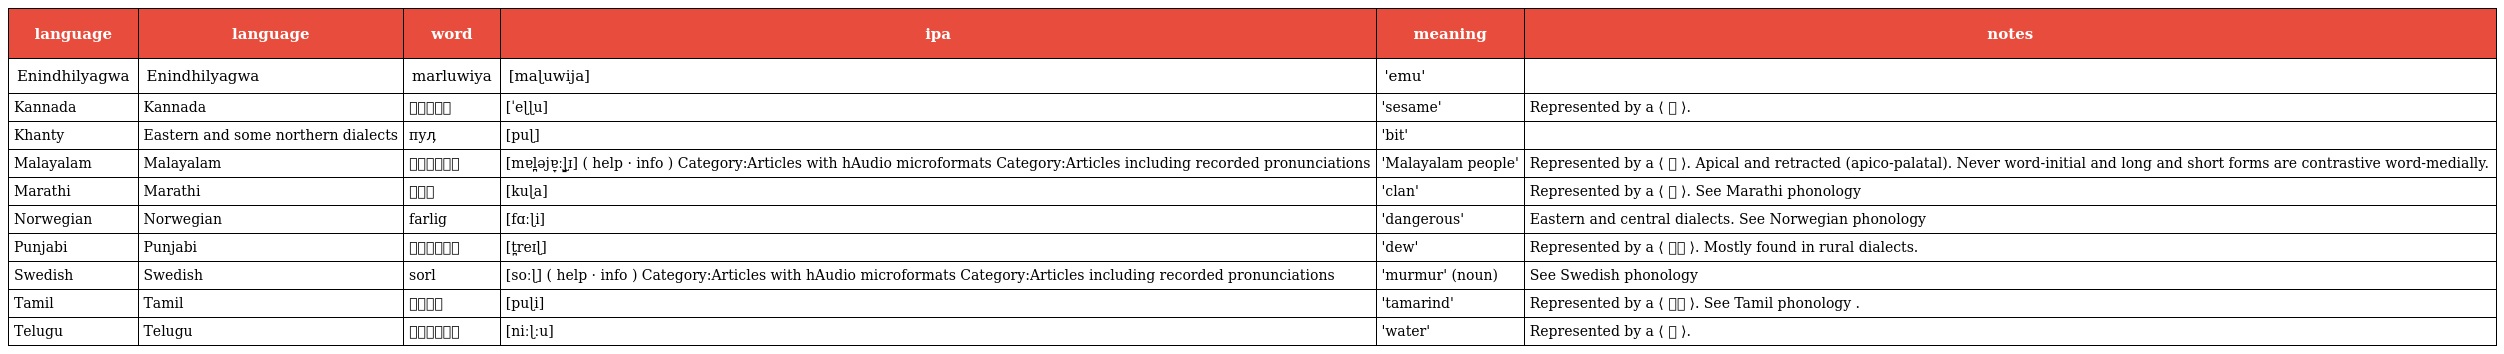
| language | language | word | ipa | meaning | notes |
 | --- | --- | --- | --- | --- | --- |
 | Enindhilyagwa | Enindhilyagwa | marluwiya | [maɭuwija] | 'emu' |  |
 | Kannada | Kannada | ಎಳ್ಳು | [ˈeɭɭu] | 'sesame' | Represented by a ⟨ ಳ ⟩. |
 | Khanty | Eastern and some northern dialects | пуӆ | [puɭ] | 'bit' |  |
 | Malayalam | Malayalam | മലയാളി | [mɐl̪əjɐ̞ːɭ̺̠ɪ] ( help · info ) Category:Articles with hAudio microformats Category:Articles including recorded pronunciations | 'Malayalam people' | Represented by a ⟨ ള ⟩. Apical and retracted (apico-palatal). Never word-initial and long and short forms are contrastive word-medially. |
 | Marathi | Marathi | कुळ | [kuɭa] | 'clan' | Represented by a ⟨ ळ ⟩. See Marathi phonology |
 | Norwegian | Norwegian | farlig | [fɑːɭi] | 'dangerous' | Eastern and central dialects. See Norwegian phonology |
 | Punjabi | Punjabi | ਤ੍ਰੇਲ਼ | [t̪reɪɭ] | 'dew' | Represented by a ⟨ ਲ਼ ⟩. Mostly found in rural dialects. |
 | Swedish | Swedish | sorl | [soːɭ] ( help · info ) Category:Articles with hAudio microformats Category:Articles including recorded pronunciations | 'murmur' (noun) | See Swedish phonology |
 | Tamil | Tamil | புளி | [puɭi] | 'tamarind' | Represented by a ⟨ ள் ⟩. See Tamil phonology . |
 | Telugu | Telugu | నీళ్ళు | [niːɭːu] | 'water' | Represented by a ⟨ ళ ⟩. |